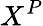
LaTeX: X^{P}